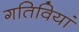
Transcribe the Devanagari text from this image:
गतिवियां